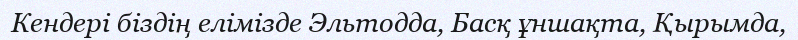
Кендері біздің елімізде Эльтодда, Басқ ұншақта, Қырымда,